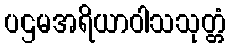
ပဌမအရိယာဝါသသုတ္တံ